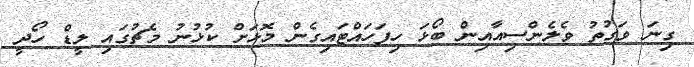
ގިނަ ވަގުތު ވެލެންސިއާއިން ބޯޅަ ހިފަހައްޓައިގެން މޮޅަށް ކުޅުނު މެޗުގައި ލީޑް ހޯދީ